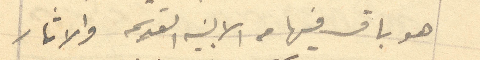
هو باق من الابنيه القديمه والاثار